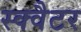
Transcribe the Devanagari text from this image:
स्क्वैटर